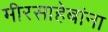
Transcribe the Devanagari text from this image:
मीरसाहेबांना